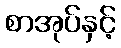
စာအုပ်နှင့်